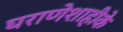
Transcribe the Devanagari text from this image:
घराणेशाहीके